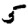
Digit: 5